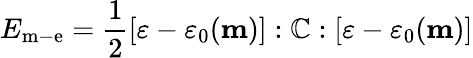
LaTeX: E_{\mathrm{m-e}}={\frac{1}{2}}[\mathbf{\varepsilon}-\mathbf{\varepsilon}_{0}(\mathbf{m})]:\mathbb{C}:[\mathbf{\varepsilon}-\mathbf{\varepsilon}_{0}(\mathbf{m})]